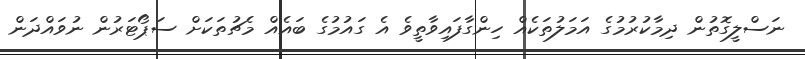
ނަސްލީގޮތުން ދިމާކުރުމުގެ އަމަލުތަކެއް ހިންގާފައިވާތީވެ އެ ގައުމުގެ ބައެއް މެޗުތަކަށް ސަޕޯޓަރުން ނުވައްދަން